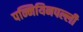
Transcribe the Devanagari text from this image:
पन्नियिनपल्ली